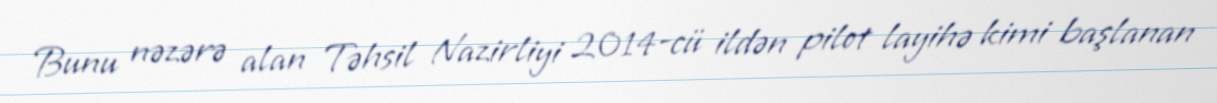
Bunu nəzərə alan Təhsil Nazirliyi 2014-cü ildən pilot layihə kimi başlanan